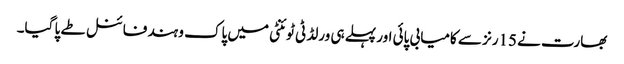
بھارت نے 15رنز سے کامیابی پائی اور پہلے ہی ورلڈ ٹی ٹوئنٹی میں پاک و ہند فائنل طے پا گیا۔